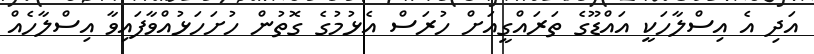
އަދި އެ އިސްލާހަކީ އައްޑޫގެ ތަރައްގީއަށް ހުރަސް އެޅުމުގެ ގޮތުން ހުށަހަޅުއްވާފައިވާ އިސްލާހެއް